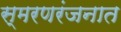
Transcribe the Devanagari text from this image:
स्मरणरंजनात